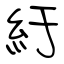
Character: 紆